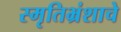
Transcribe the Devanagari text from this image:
स्मृतिभ्रंशाचे